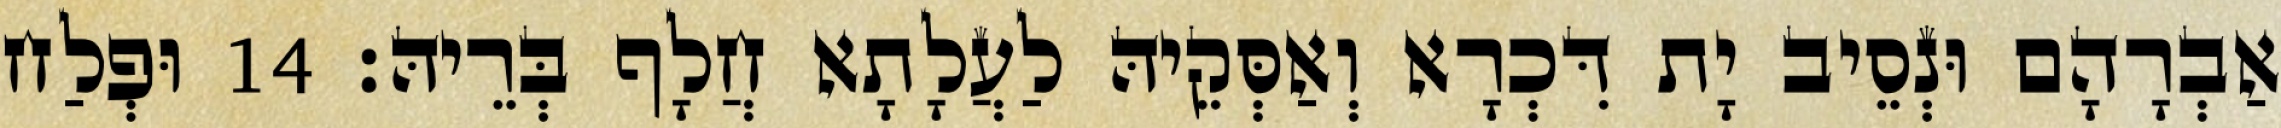
אַבְרָהָם וּנְסֵיב יָת דִּכְרָא וְאַסְּקֵיהּ לַעֲלָתָא חֲלָף בְּרֵיהּ׃ 14 וּפְלַח